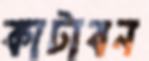
কাটাবন